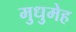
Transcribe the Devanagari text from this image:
मुधुमेह